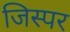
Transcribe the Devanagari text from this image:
जिस्पर